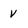
Character: v